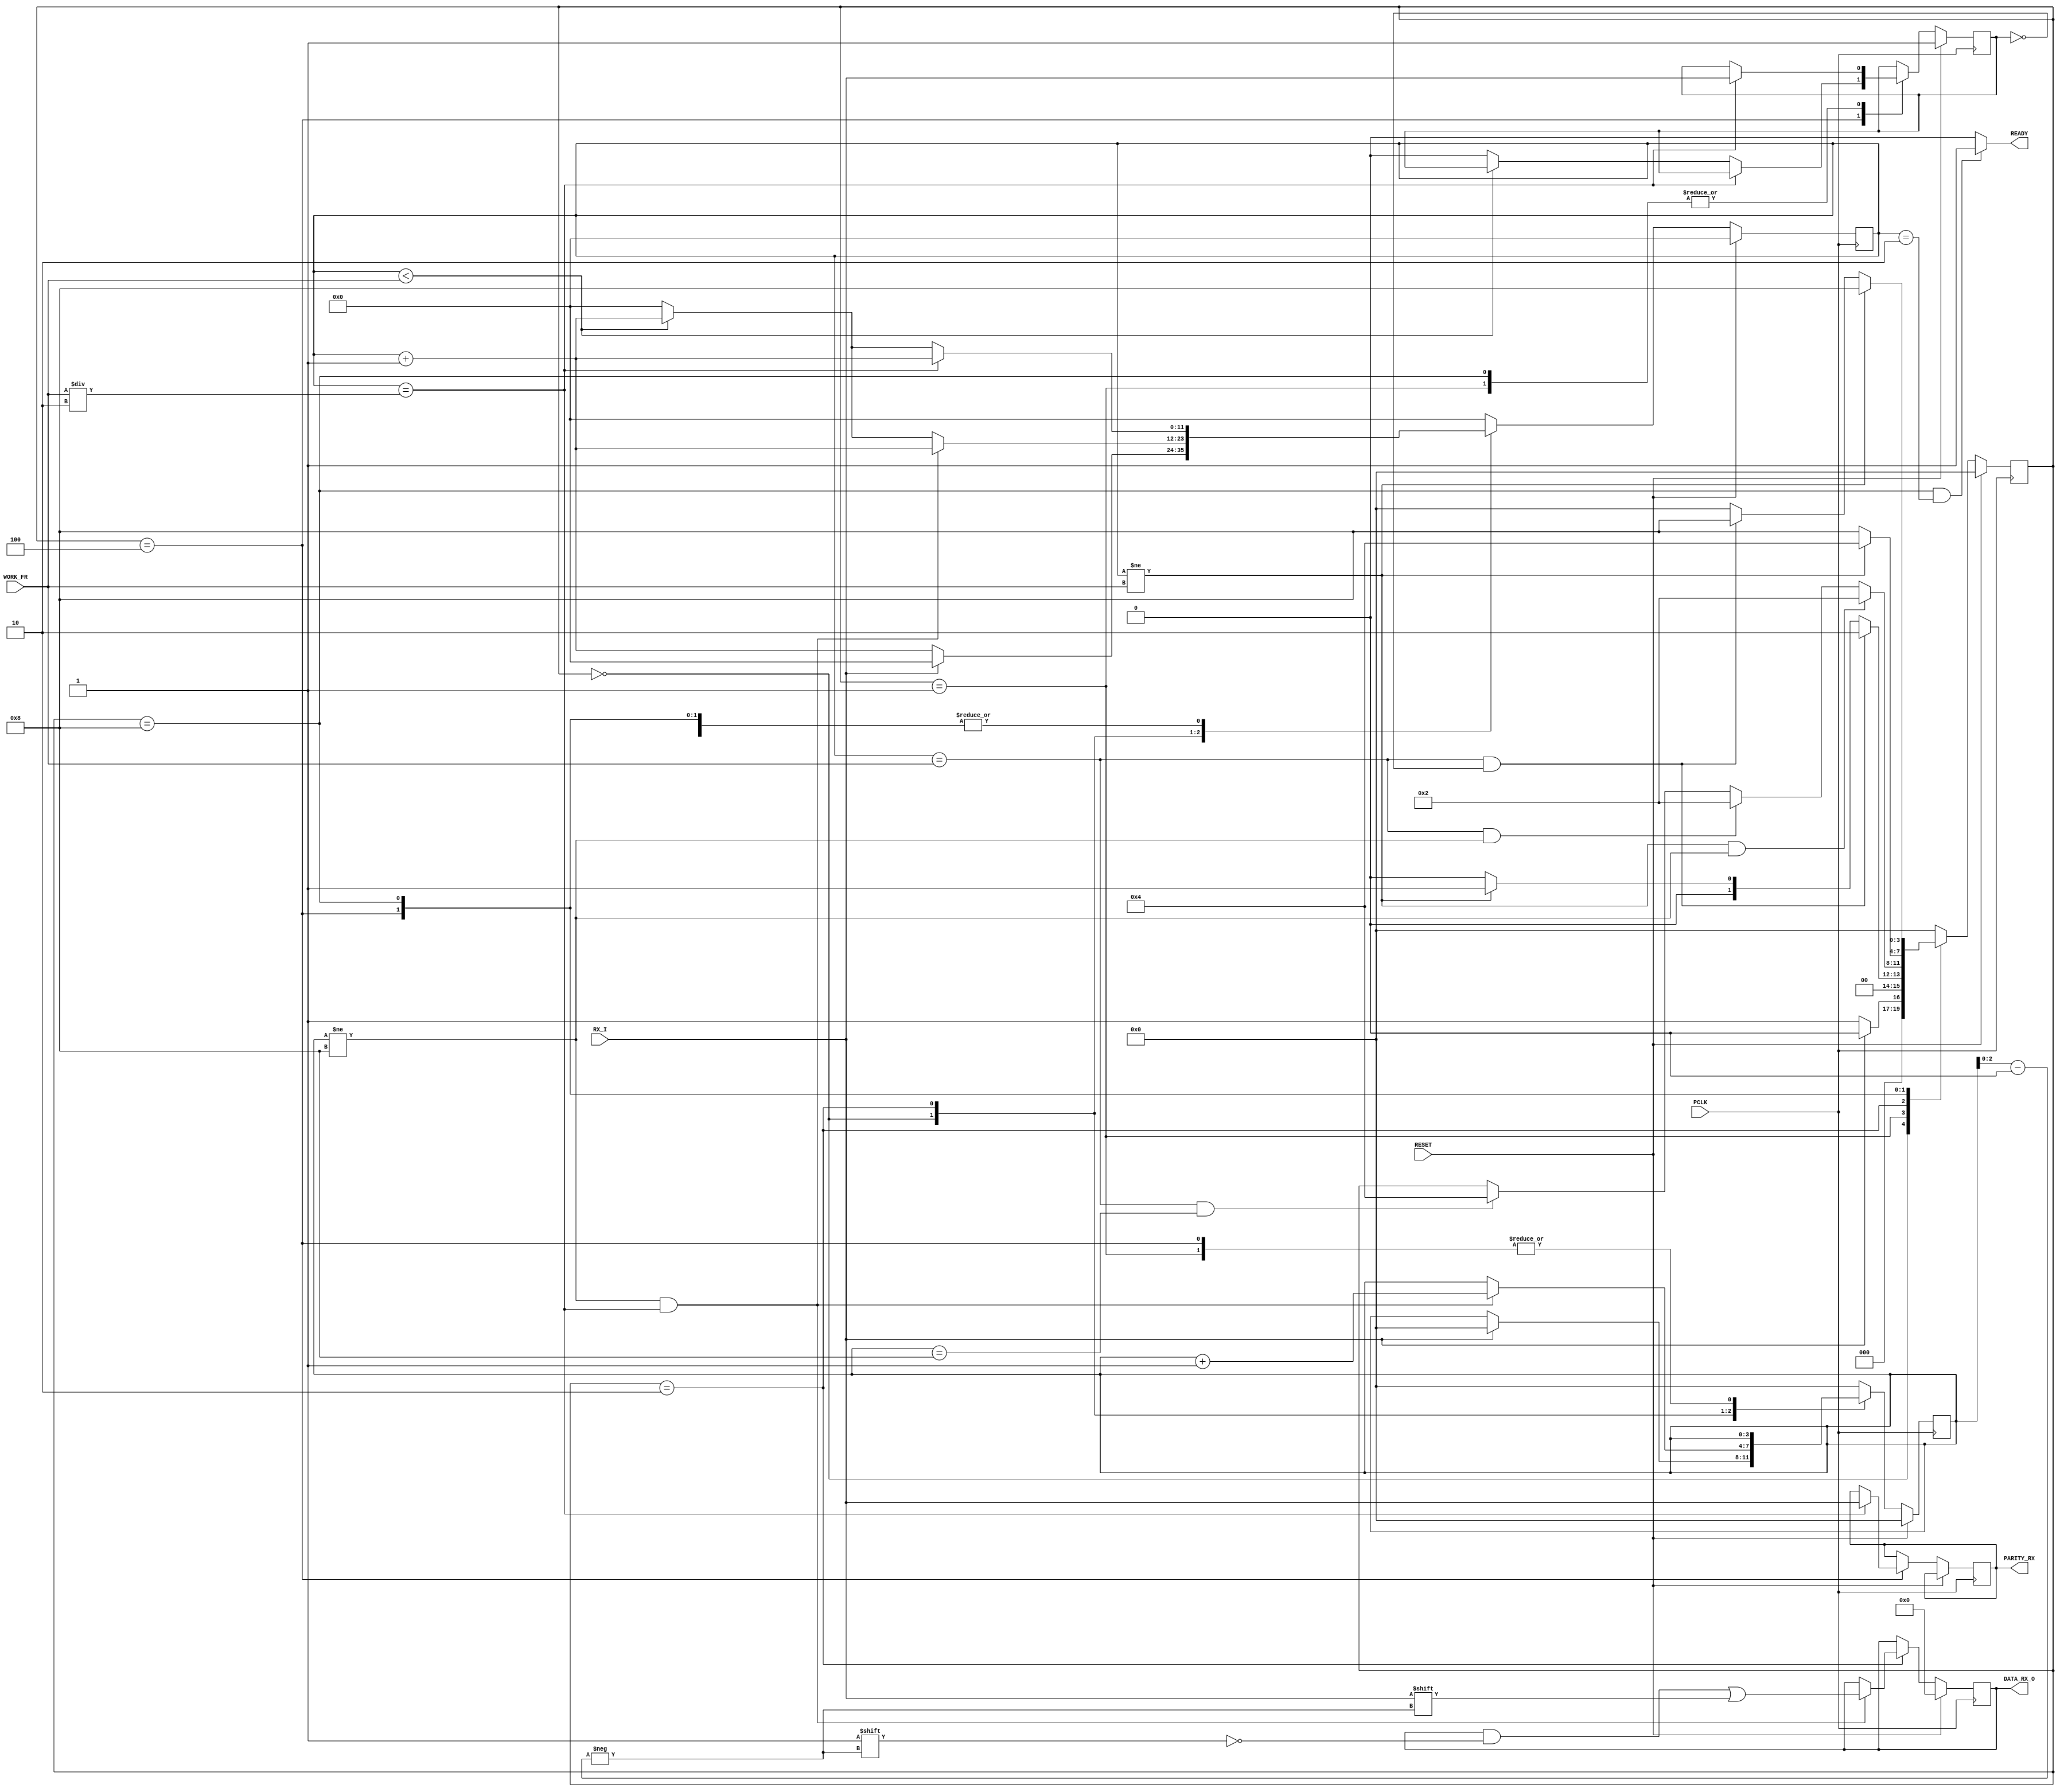
module uart_rx_17#(
		parameter integer WIDTH = 12
	      )
	      (
		input PCLK,
		input RESET,
		input RX_I,
		input [11:0] WORK_FR,
		output reg [7:0] DATA_RX_O,
		output reg PARITY_RX,
		output READY
	      );
localparam [3:0] RX_IDLE   	 = 4'b0000,
	   	 RX_DETECT_START = 4'b0001,	
	   	 RX_TAKE_DATA    = 4'b0010,
	   	 RX_TAKE_PARITY  = 4'b0100,
	   	 RX_HIGH_DETECT  = 4'b1000;
		reg [3:0] state_rx;
		reg [3:0] next_state_rx; 
		reg [WIDTH-1:0] COUNTER;
		reg [3:0] DATA_COUNTER;
		reg AUX;
assign READY  = (state_rx == RX_HIGH_DETECT & COUNTER == 12'd2)?1'b1:1'b0;
always@(*)
begin
	next_state_rx = state_rx;
	case(state_rx)
	RX_IDLE:
	begin
		if(RX_I)
		begin
			next_state_rx = RX_IDLE;			
		end
		else
		begin
			next_state_rx = RX_DETECT_START;
		end
	end
	RX_DETECT_START:
	begin
		if(COUNTER == WORK_FR && AUX == 1'b0)
		begin
			next_state_rx = RX_TAKE_DATA;
		end
		else if(COUNTER != WORK_FR)
		begin
			next_state_rx = RX_DETECT_START;
		end
		else
		begin
			next_state_rx = RX_IDLE;
		end
	end
	RX_TAKE_DATA:
	begin
		if(COUNTER != WORK_FR && DATA_COUNTER != 4'b1000)
		begin
			next_state_rx = RX_TAKE_DATA;
		end
		else if(COUNTER == WORK_FR && DATA_COUNTER != 4'b1000)
		begin
			next_state_rx = RX_TAKE_DATA;
		end
		else if(COUNTER == WORK_FR && DATA_COUNTER == 4'b1000)
		begin
			next_state_rx = RX_TAKE_PARITY;
		end
	end
	RX_TAKE_PARITY:
	begin
		if(COUNTER != WORK_FR)
		begin
			next_state_rx = RX_TAKE_PARITY;
		end
		else
		begin
			next_state_rx = RX_HIGH_DETECT;
		end
	end
	RX_HIGH_DETECT:
	begin
		if(COUNTER != WORK_FR)
		begin
			next_state_rx = RX_HIGH_DETECT;
		end
		else if(COUNTER == WORK_FR && AUX == 1'b0)
		begin
			next_state_rx = RX_HIGH_DETECT;
		end
		else
		begin
			next_state_rx = RX_IDLE;
		end		
	end
	default:
	begin
		next_state_rx = RX_IDLE;
	end
	endcase
end
always@(posedge PCLK)
begin
	if(RESET)
	begin
		state_rx <= RX_IDLE;
		COUNTER<= {WIDTH{1'b0}};
		DATA_COUNTER<= 4'd0;
		DATA_RX_O<=8'd0;
		AUX<= 1'b1;
	end
	else
	begin
		state_rx <= next_state_rx;
		case(state_rx)
		RX_IDLE:
		begin			
			if(RX_I)
			begin
				COUNTER<= {WIDTH{1'b0}};
				DATA_COUNTER<= 4'd0;
			end
			else
			begin
				COUNTER<= COUNTER + 1'b1;	
			end
		end	
		RX_DETECT_START:
		begin
			if(COUNTER == WORK_FR/2'd2)
			begin
				AUX <= RX_I;
				COUNTER<= COUNTER + 1'b1;
			end
			else if(COUNTER < WORK_FR)
			begin
				COUNTER<= COUNTER + 1'b1;
			end
			else
			begin
				COUNTER<= {WIDTH{1'b0}};
			end
		end
		RX_TAKE_DATA:
		begin
			if(DATA_COUNTER != 4'b1000 && COUNTER == WORK_FR/2'd2)
			begin
				DATA_COUNTER<= DATA_COUNTER+1'b1;
				DATA_RX_O[DATA_COUNTER[2:0]]<=RX_I;
				COUNTER<= COUNTER + 1'b1;
			end
			else if(COUNTER < WORK_FR)
			begin
				COUNTER<= COUNTER + 1'b1;
			end
			else
			begin
				COUNTER<= {WIDTH{1'b0}};
			end
		end
		RX_TAKE_PARITY:
		begin
			if(COUNTER == WORK_FR/2'd2)
			begin
				PARITY_RX <= RX_I;
				COUNTER <= COUNTER + 1'b1;
			end
			else if(COUNTER < WORK_FR)
			begin			
				COUNTER <= COUNTER + 1'b1;
			end
			else
			begin
				COUNTER<= {WIDTH{1'b0}};
				AUX <= 1'b0;
			end
		end
		RX_HIGH_DETECT:
		begin
			if(COUNTER == WORK_FR/2'd2)
			begin
				AUX <= RX_I;
				COUNTER<= COUNTER + 1'b1;
			end
			else if(COUNTER < WORK_FR)
			begin
				COUNTER<= COUNTER + 1'b1;
			end
			else
			begin
				COUNTER<= {WIDTH{1'b0}};
			end
			DATA_COUNTER<= 4'd0;
		end
		default:
		begin
			DATA_COUNTER<= 4'd0;
			COUNTER<= {WIDTH{1'b0}};
		end
		endcase
	end
end
endmodule